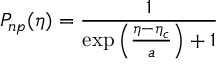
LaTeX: P _ { n p } ( \eta ) = \frac { 1 } { \exp \left( \frac { \eta - \eta _ { c } } { a } \right) + 1 }